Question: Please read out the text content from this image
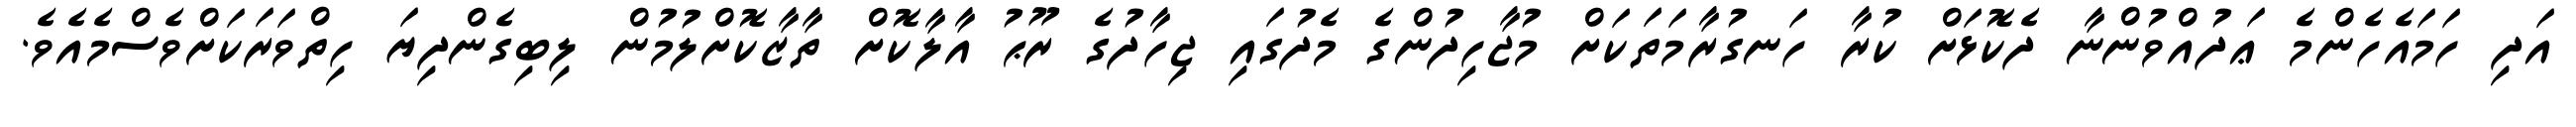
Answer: އަދި ހަމައެހެންމެ ޢަދުއްވުންނާ ދެކޮޅަށް ކުރާ ހަނގުރާމަތަކަށް މުޖާހިދުންގެ މެދުގައި ޖިހާދުގެ ރޫޙު އާލާކޮށް ތާޒާކޮށްލުމުން ލިބިގެންދިޔަ ހިތްވަރަކަށްވެސްމެއެވެ.